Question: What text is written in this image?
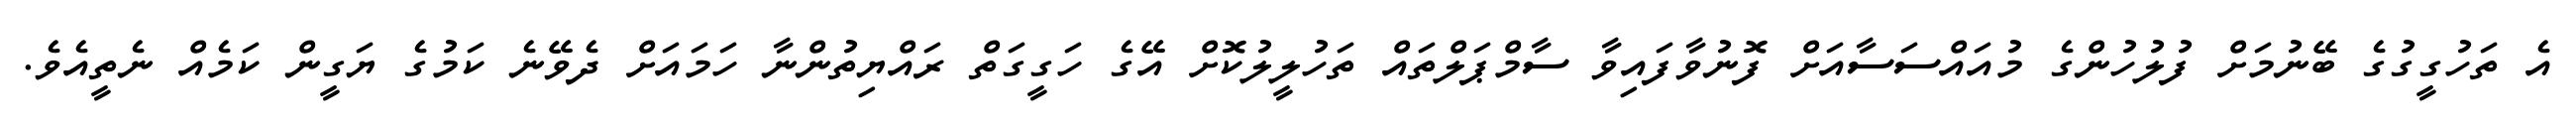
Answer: އެ ތަހުގީގުގެ ބޭނުމަށް ފުލުހުންގެ މުއައްސަސާއަށް ފޮނުވާފައިވާ ސާމްޕަލްތައް ތަހުލީލުކޮށް އޭގެ ހަގީގަތް ރައްޔިތުންނާ ހަމައަށް ދެވޭނެ ކަމުގެ ޔަގީން ކަމެއް ނެތީއެވެ.